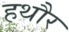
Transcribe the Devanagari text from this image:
हथौर